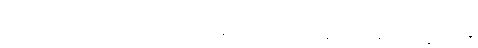
သူကတရာရုံးမှာ သက်သေခံထွက်ဆိုတဲ့အတွက် အန်ဒရူးကွန်းလင်းရဲ့အမှုမှန်